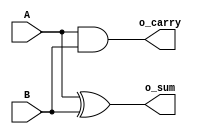
//HalfAdder
module half_adder 
  (
   A,
   B,
   o_sum,
   o_carry
   );
 
  input  A;
  input  B;
  output o_sum;
  output o_carry;
 
  assign o_sum   = A ^ B;  // bitwise xor
  assign o_carry = A & B;  // bitwise and
 
endmodule